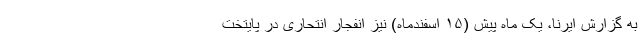
به گزارش ایرنا، یک ماه پیش (۱۵ اسفندماه) نیز انفجار انتحاری در پایتخت